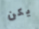
يكن